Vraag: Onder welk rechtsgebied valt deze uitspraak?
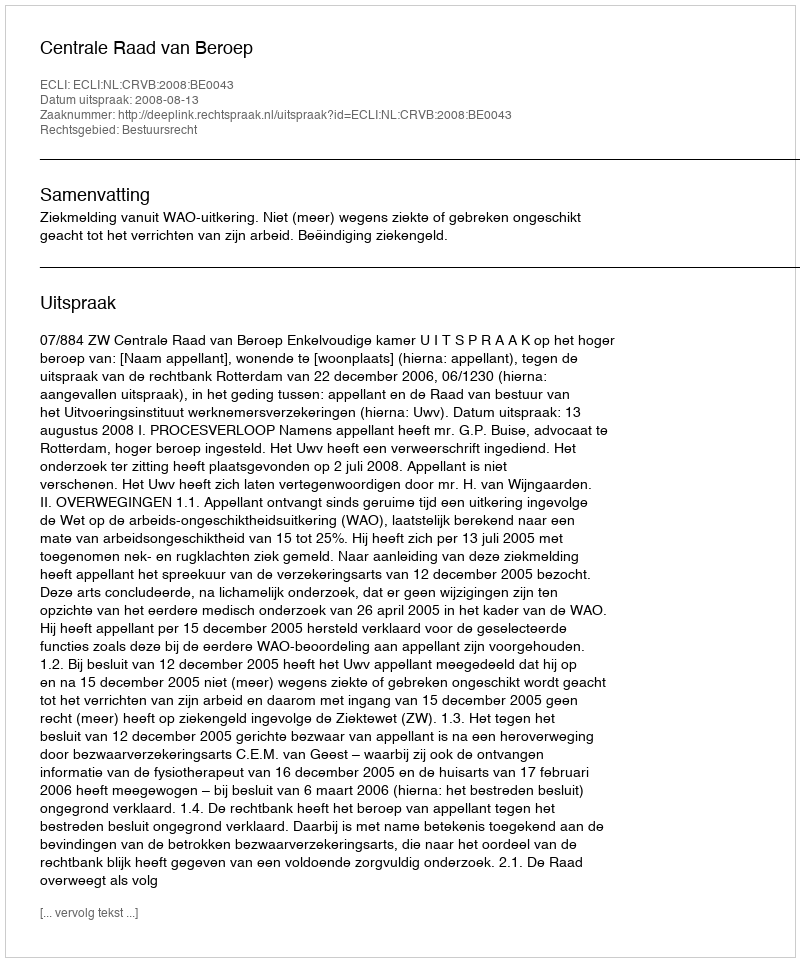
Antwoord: Bestuursrecht